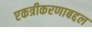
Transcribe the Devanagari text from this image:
एकत्रीकरणाबद्दल